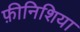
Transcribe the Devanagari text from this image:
फ़ीनिशिया